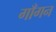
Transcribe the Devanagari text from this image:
गाँगन